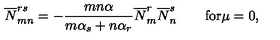
\overline { { N } } _ { m n } ^ { r s } = - \frac { m n \alpha } { m \alpha _ { s } + n \alpha _ { r } } \overline { { N } } _ { m } ^ { r } \overline { { N } } _ { n } ^ { s } \qquad \mathrm { f o r } \mu = 0 ,